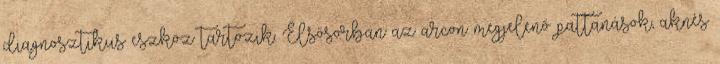
diagnosztikus eszköz tartozik. Elsősorban az arcon megjelenő pattanások, aknés